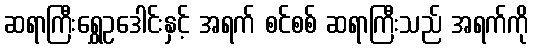
ဆရာကြီးရွှေဥဒေါင်းနှင့် အရက် စင်စစ် ဆရာကြီးသည် အရက်ကို